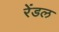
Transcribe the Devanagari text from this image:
रेंडल